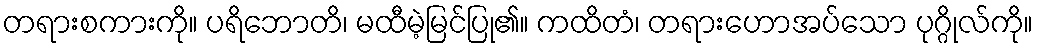
တရားစကားကို။ ပရိဘောတိ၊ မထီမဲ့မြင်ပြု၏။ ကထိတံ၊ တရားဟောအပ်သော ပုဂ္ဂိုလ်ကို။